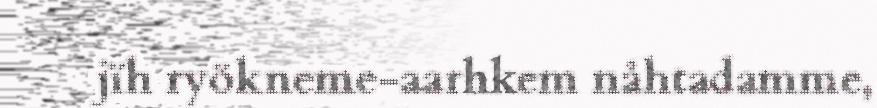
jïh ryökneme-aarhkem nåhtadamme,